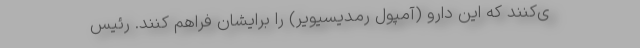
ی‌کنند که این دارو (آمپول رمدیسیویر) را برایشان فراهم کنند. رئیس